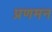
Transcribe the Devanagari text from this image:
प्रणमन